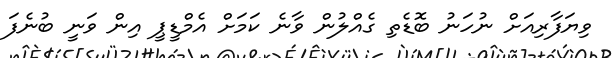
ވިޔަފާރިއަށް ނުހަނު ބޮޑެތި ގެއްލުން ވާނެ ކަމަށް އެމްޑީޕީ އިން ވަނީ ބުނެފަ